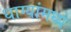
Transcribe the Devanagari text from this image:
धाग्यांमध्ये